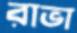
রাভা